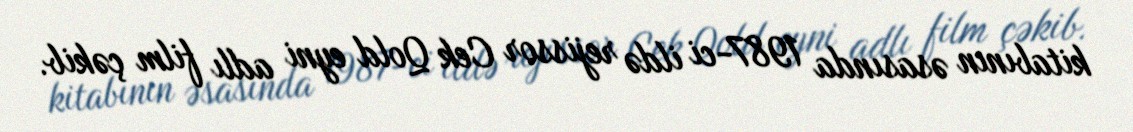
kitabının əsasında 1987-ci ildə rejissor Cek Qold eyni adlı film çəkib.